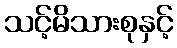
သင့်မိသားစုနှင့်